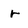
Character: r